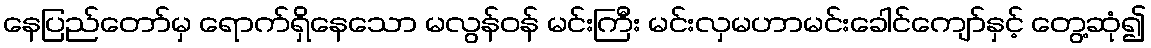
နေပြည်တော်မှ ရောက်ရှိနေသော မလွန်ဝန် မင်းကြီး မင်းလှမဟာမင်းခေါင်ကျော်နှင့် တွေ့ဆုံ၍